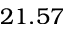
2 1 . 5 7